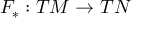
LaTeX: F _ { * } : T M \to T N